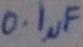
Text: 0.1µF